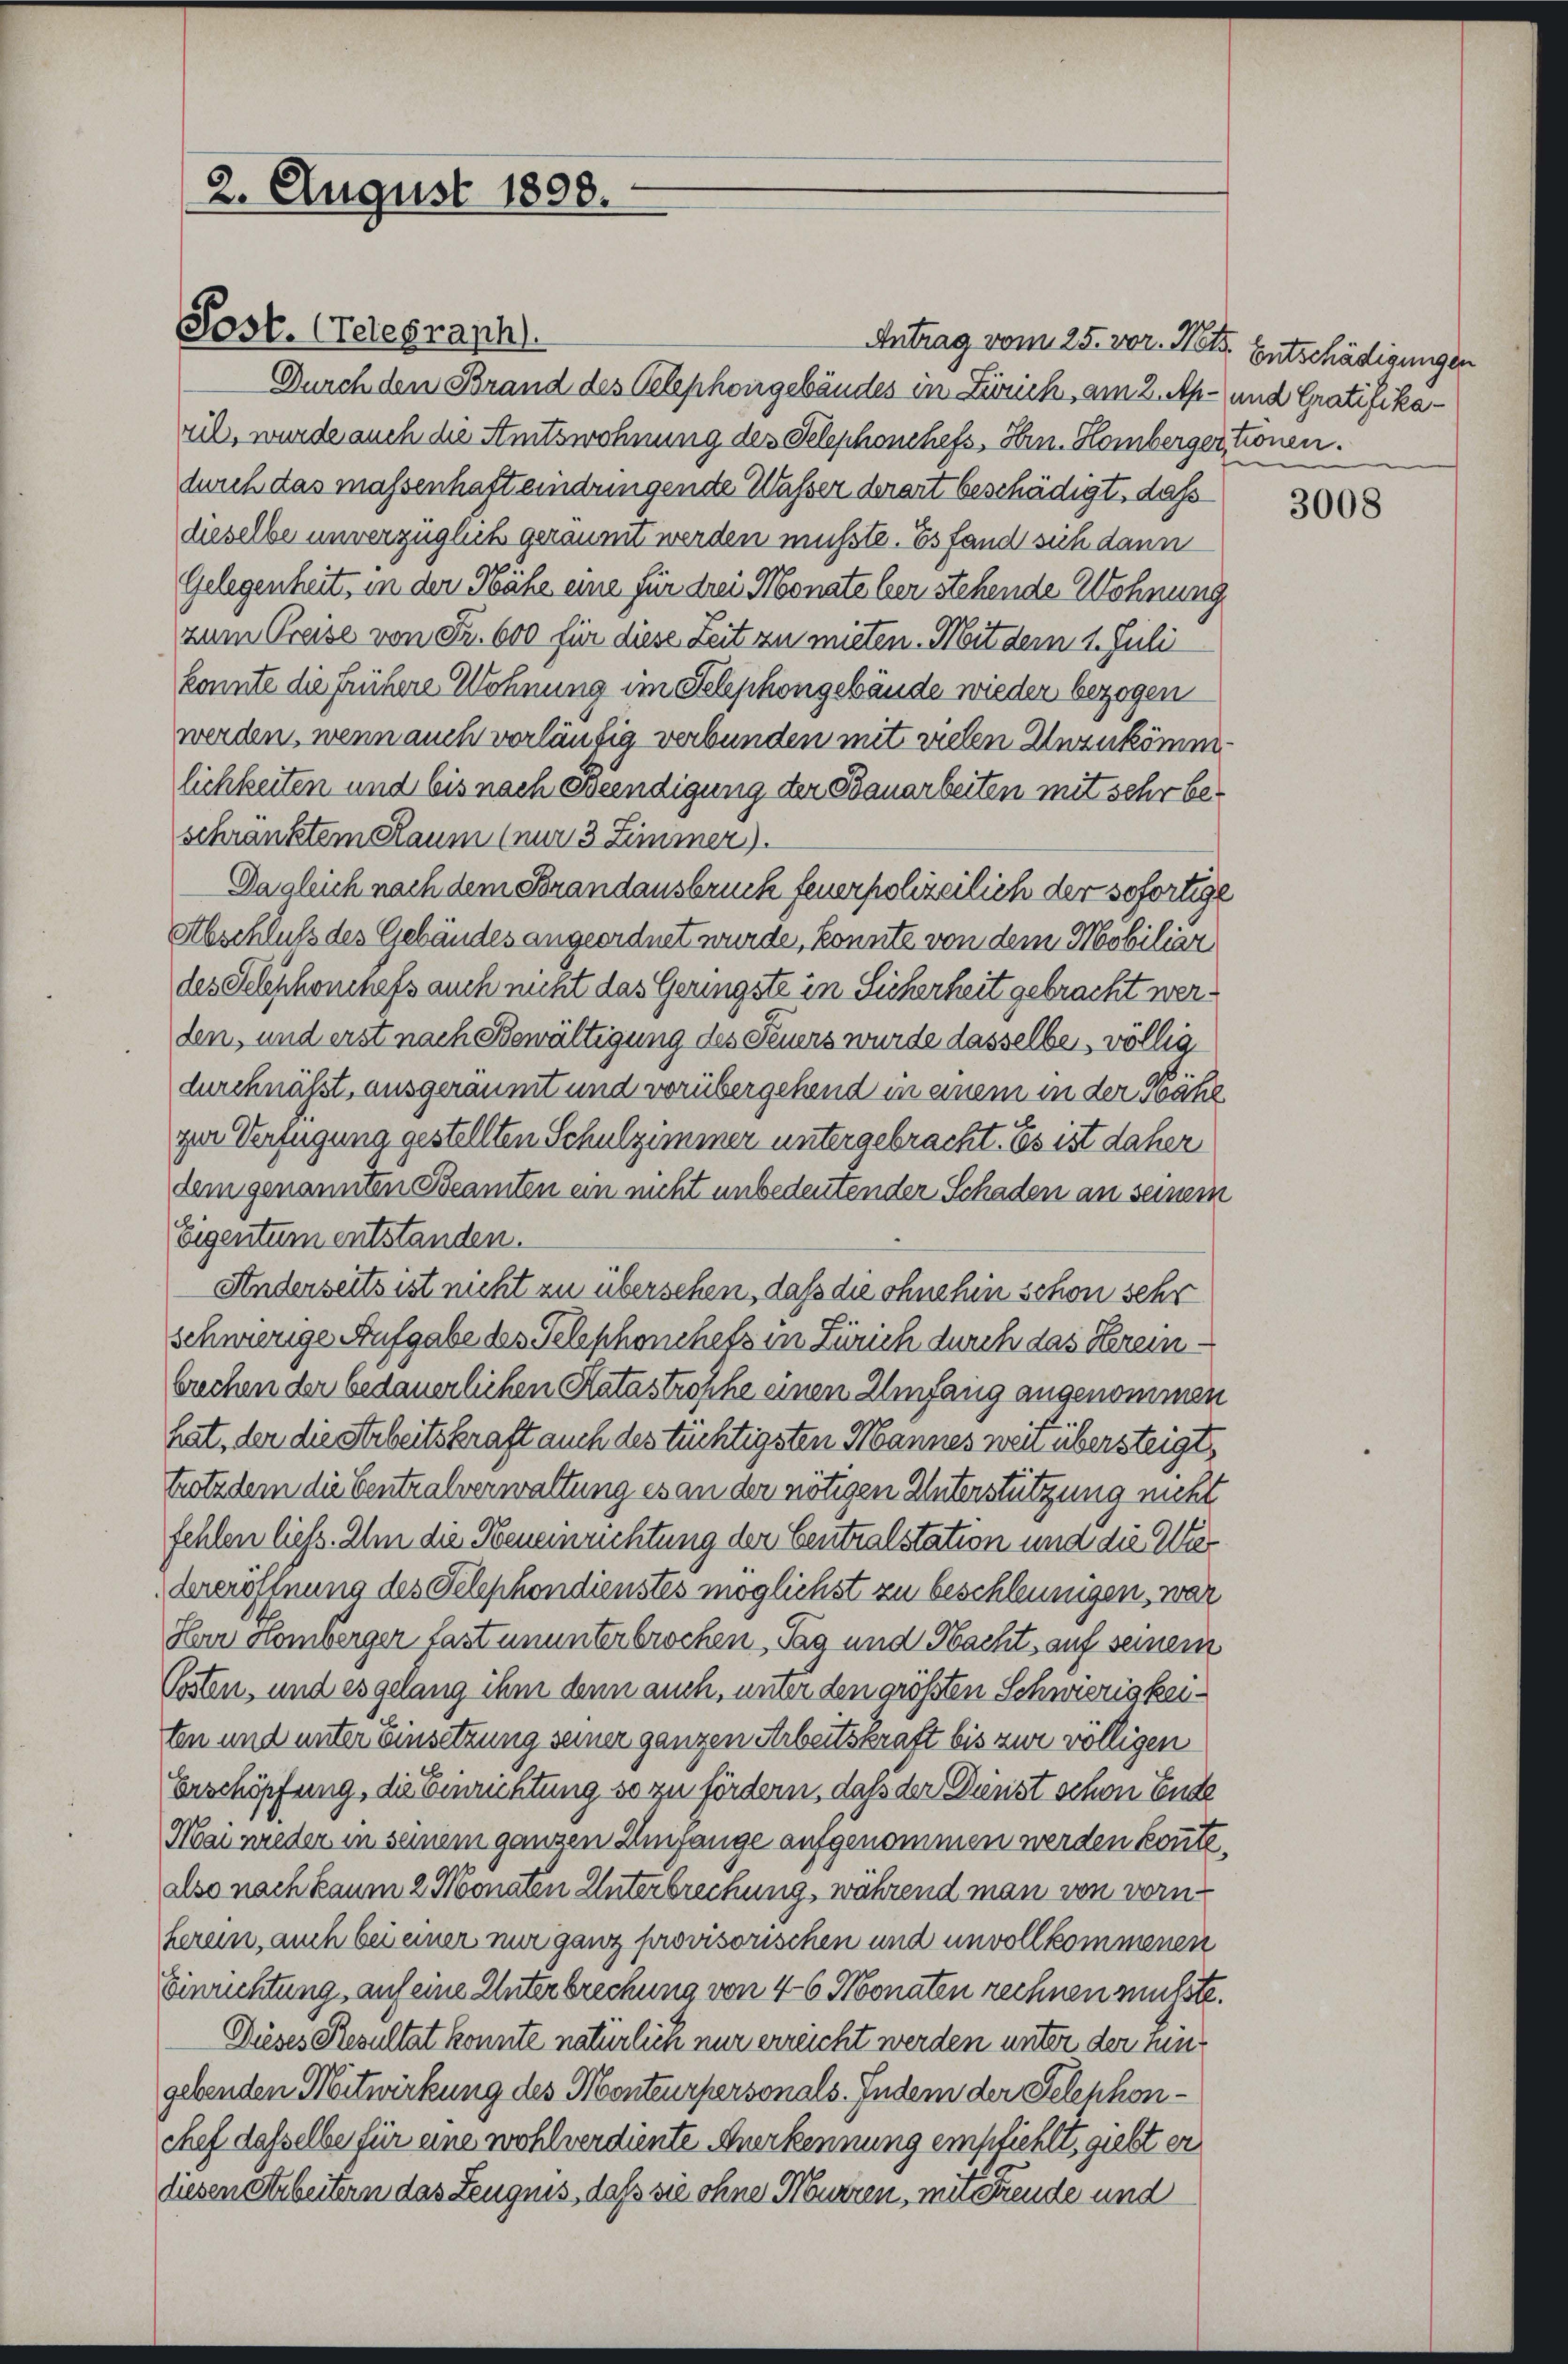
2. August 1808.

Antrag vom 25. vor. Mts. Entschädigungen
Durch den Brand des Telephongebäudes in Zürich, am 2. Ap- und Gratifikaril, wurde auch die Amtswohnung des Telephonchefs, Hrn. Homberger, tronen.
durch das massenhaft eindringende Wasser derart beschädigt, dass
dieselbe unverzüglich geräumt werden müßte. Es fand sich dann
Gelegenheit in der Nähe eine für drei Monate ber stehende Wohnung
zum Preise von Fr. 600 für diese Zeit zu mieten. Mit dem 1. Juli
konnte die frühere Wohnung im Selephongebäude wieder bezogen
werden, wenn auch vorläufig verbunden mit vielen Unzukömmlichkeiten und bis nach Beendigung der Bauarbeiten mit sehr beschränktem Raum (nur 3 Zimmer).
Dagleich nach dem Brandausbruch feuerpolizeilich der sofortige
Abschluß des Gebäudes angeordnet wurde, konnte von dem Mobiliar
des Sechshonchefs auch nicht das Geringste in Sicherheit gebracht werden, und erst nach Bewältigung des Feuers wurde dasselbe, völlig
b.
durchnässt, ausgeräumt und vorübergehend in einem in der Nähe
ger Verfügung gestellten Schulzimmer untergebracht. Es ist daher
dem genannten Beamten ein nicht unbedeutender Schaden an seinem
Eigentum entstanden.
Anderseits ist nicht zu übersehen, daß die ohnehin schon sehr
Schwierige Aufgabe des Telephonchefs in Zürich durch das Hereinbrechen der bedauerlichen Katastrosche einen Umfang angenommen
hat, den die Arbeitskraft auch des tüchtigsten Mannes weit übersteigt,
trotzdem die Centralverwaltung es an der nötigen Unterstützung nicht
fehlen liess. Im die Neuerrichtung der Centralstation und die Wie¬
Vereröffnung des Telephondienstes möglichst zu beschleunigen, war
Herr Homberger fast ununterbrochen Tag und Nacht, auf seinem
Posten, und es gelang ihm denn auch, unter den größten Schwierigkeiten und unter Einsetzung seiner ganzen Arbeitskraft bis zur völligen
Erschöpfung, die Einrichtung so zu fördern, daß der Dunst schon Ende
Mai wieder in seinem ganzen Umgange aufgenommen werden könnte.
also nach kaum 2 Monaten Unterbrechung, während man von vom
herein, auch bei einer nur ganz provisorischen und unvollkommenen
Einrichtung, auf eine Unterbrechung von 4-6 Monaten rechnen müsste.
Dieses Resultat konnte natürlich nur erreicht werden unter der hingebenden Neitwirkung des Monteurpersonals. Indem der Telephonchef dasselbe für eine wohlverdiente Anerkennung empfiehlt, giebt er
diesen Arbeitern das Zeugnis, daß sie ohne Murren, mit Freude und

Post. (Telegraph.

e

3008